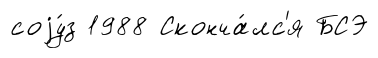
соjу́з 1988 Сконча́лс'я БСЭ